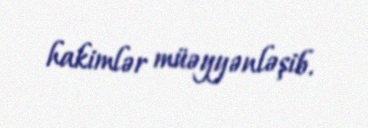
hakimlər müəyyənləşib.